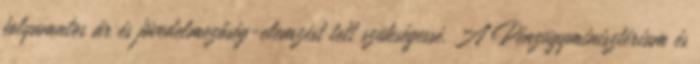
folyamatos ár és jövedelmezőség-elemzést tett szükségessé. A Pénzügyminisztérium és